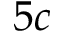
5 c